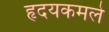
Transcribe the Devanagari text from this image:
हृदयकमले